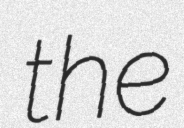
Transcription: the